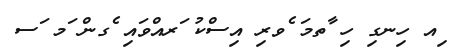
ިއ ހިނގި ހި ާތމަ ެވރި އިސްކު ަރއްވައި ެގން ަމ ަސ